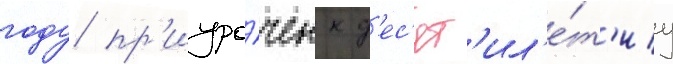
году пр'иуро́чен к д'ес'ят'ил'е́т'иу